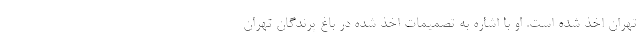
تهران اخذ شده است. او با اشاره به تصمیمات اخذ شده در باغ پرندگان تهران